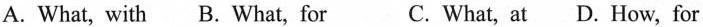
A. What, with B. What, for C. What, at D.How, for